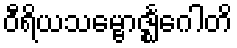
ဝီရိယသမ္ဗောဇ္ဈင်္ဂေါတိ